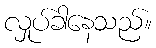
လှုပ်ခါနေသည်။